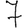
Digit: 7